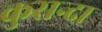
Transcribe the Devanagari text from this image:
कुसन्दा